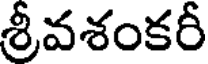
శ్రీవశంకరీ